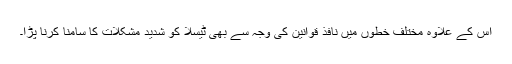
اس کے علاوہ مختلف خطوں میں نافذ قوانین کی وجہ سے بھی ٹیسلا کو شدید مشکلات کا سامنا کرنا پڑا۔